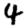
Digit: 4